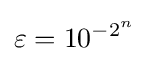
\varepsilon =10^{-2^{n}}